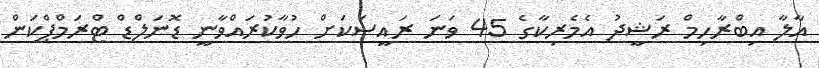
އާލާ އިބްރާހިމް ރަޝީދު އެމެރިކާގެ 45 ވަނަ ރައީސަކަށް ހުވާކުރައްވާނީ ޑޮނަލްޑް ޓްރަމްޕްކަން